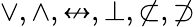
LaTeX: \vee,\wedge,\nleftrightarrow,\bot,\not\subset,\not\supset